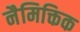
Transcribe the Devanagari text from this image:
नैमिक्तिक